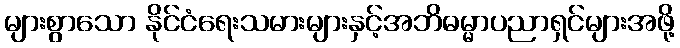
များစွာသော နိုင်ငံရေးသမားများနှင့်အဘိဓမ္မာပညာရှင်များအဖို့